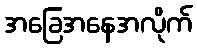
အခြေအနေအလိုက်